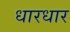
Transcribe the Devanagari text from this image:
धारधार